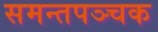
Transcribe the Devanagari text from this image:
समन्तपञ्चक